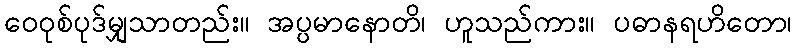
ဝေဝုစ်ပုဒ်မျှသာတည်း။ အပ္ပမာနောတိ၊ ဟူသည်ကား။ ပဓာနရဟိတော၊